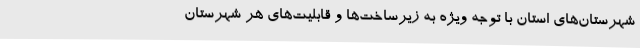
شهرستان‌های استان با توجه ویژه به زیرساخت‌ها و قابلیت‌های هر شهرستان